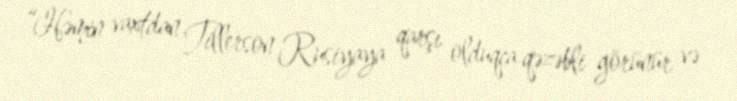
“Həmin vaxtdan Tillerson Rusiyaya qarşı olduqca qəzəbli görünür və